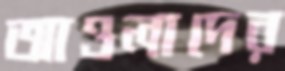
আওলাদের